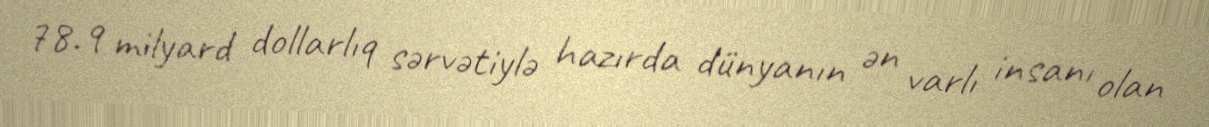
78.9 milyard dollarlıq sərvətiylə hazırda dünyanın ən varlı insanı olan